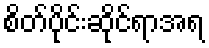
စိတ်ပိုင်းဆိုင်ရာအရ